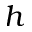
h